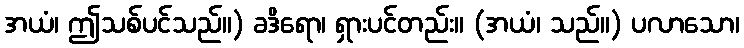
အယံ၊ ဤသစ်ပင်သည်။) ခဒိရော၊ ရှားပင်တည်း။ (အယံ၊ သည်။) ပလာသော၊